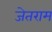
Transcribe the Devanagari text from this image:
जेतराम